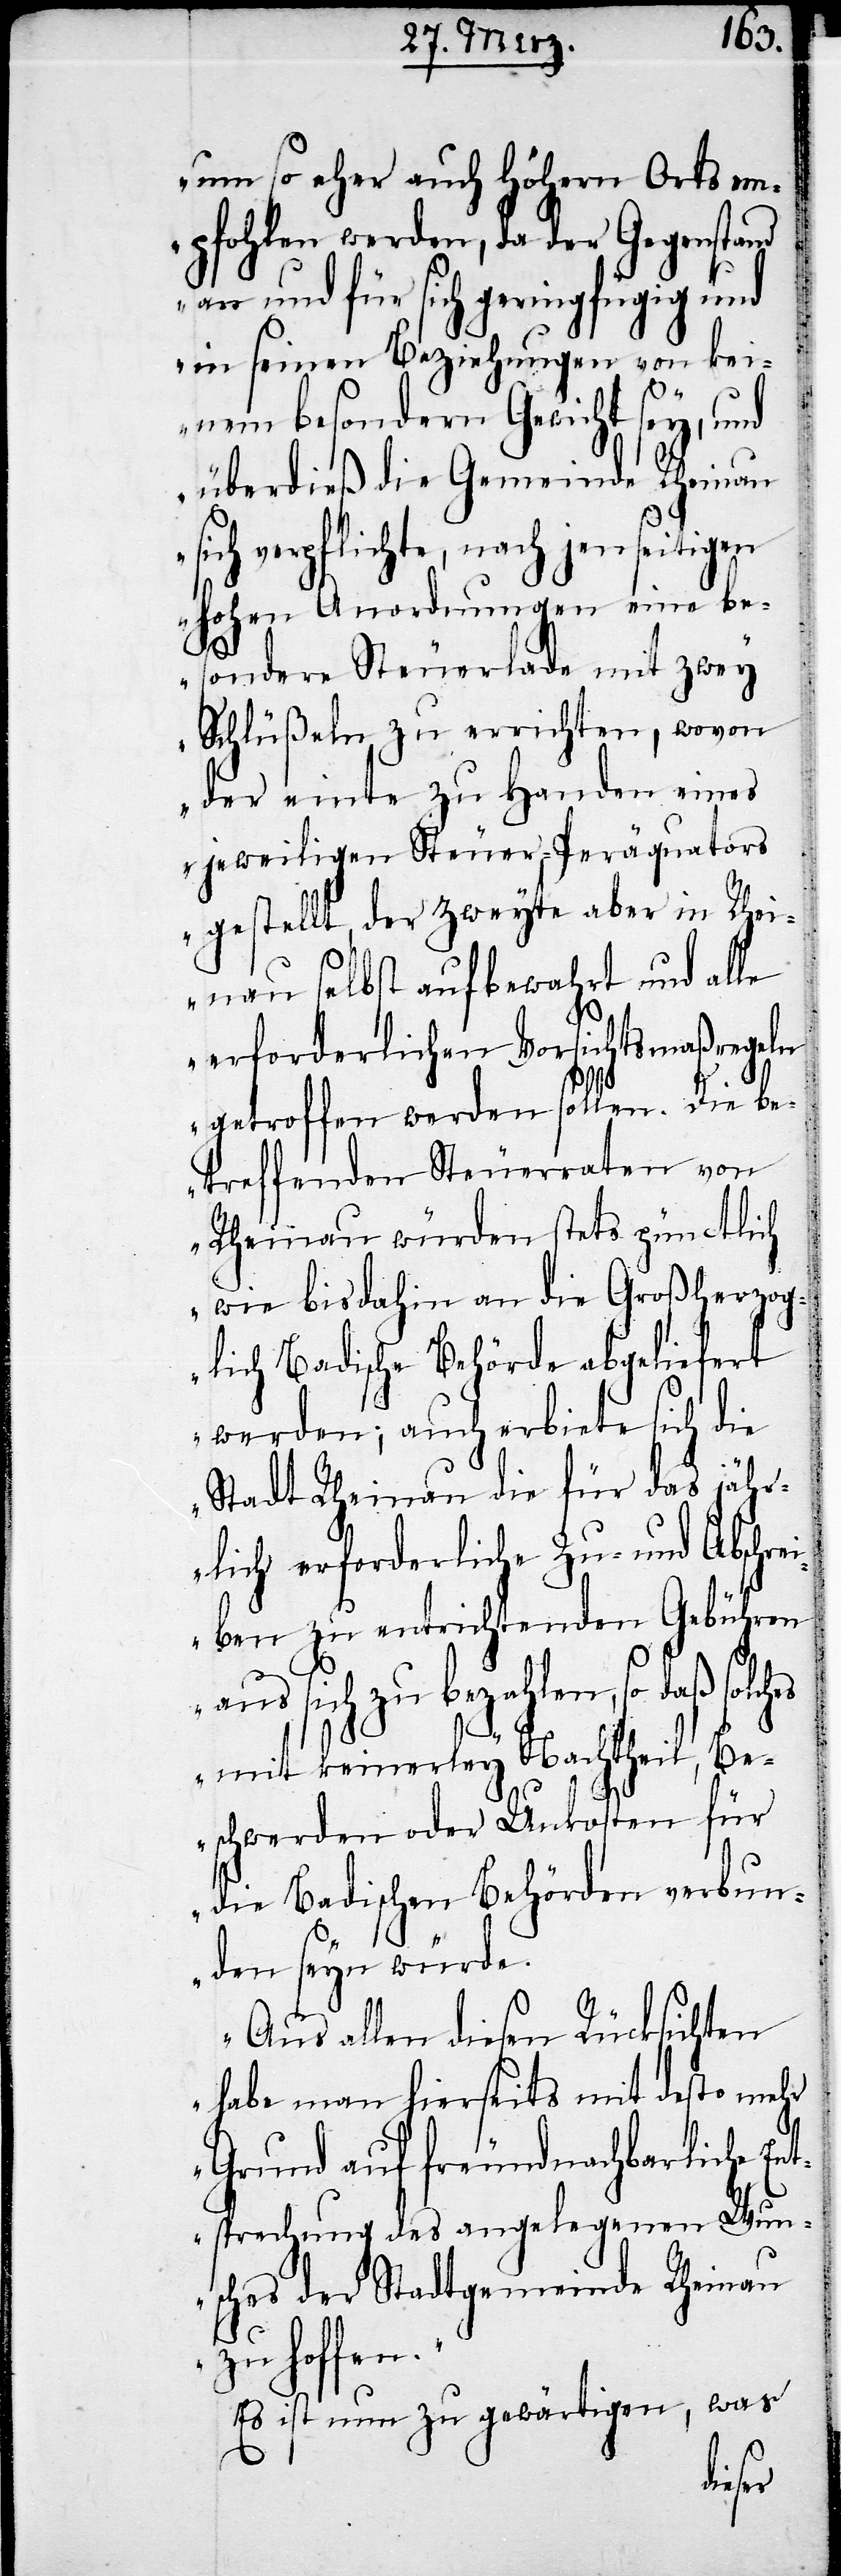
um so eher auch Höhern Orts em¬
pfohlen werden, da der Gegenstand
an und für sich geringfügig und
in seinen Beziehungen von kei¬
nem besondern Gewicht sey, und
überdieß die Gemeinde Rheinau
sich verpflichte, nach jenseitigen
hohen Anfordungen eine be¬
sondere Steuerlade mit zwey
Schlüßeln zu errichten, wovon
der einte zu Handen eines
jeweiligen Steuer-Peräquators
gestellt, der zweyte aber in Rhei¬
nau selbst aufbewahrt und alle
erforderlichen Vorsichtsmaßregeln
getroffen werden sollen. Die be¬
treffenden Steuerraten von
Rheinau würden stets pünctlich
wie bis dahin an die Großherzog¬
lich Badische Behörde abgeliefert
werden; auch erbiete sich die
Stadt Rheinau die für das jähr¬
lich erforderliche Zu- und Abschre¬
iben zu entrichtenden Gebühren
aus sich zu bezahlen, so daß
mit keinerley Nachtheil, Be¬
schwerden oder Unkosten für
die Badischen Behörden verbun¬
den seyn würde.
Aus allen diesen Rücksichten
habe man hierseits mit desto mehr
Grund auf freundnachbarliche En¬
tsprechung des angelegenen Wun¬
sches der Stadtgemeinde Rheinau
zu hoffen.“
Es ist nun zu gewärtigen, was